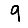
Digit: 9